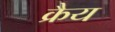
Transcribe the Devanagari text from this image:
क्रैय